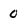
Character: 0